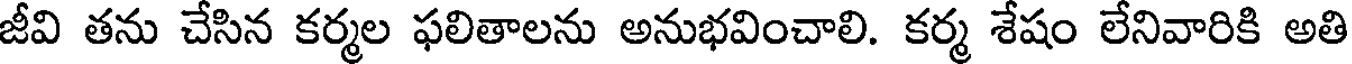
జీవి తను చేసిన కర్మల ఫలితాలను అనుభవించాలి. కర్మ శేషం లేనివారికి అతి